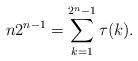
LaTeX: \begin{align*}n 2^{n-1}=\sum_{k=1}^{2^{n}-1}\tau(k).\end{align*}